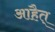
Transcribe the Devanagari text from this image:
आहैत्